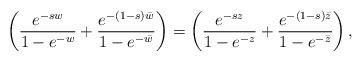
LaTeX: \begin{align*} \left( \frac{ e^{ - s w}}{ 1 - e^{ - w}} + \frac{ e^{ - (1-s)\bar{w} } }{ 1 - e^{ - \bar{w}} } \right) =\left( \frac{ e^{ - s z}}{ 1 - e^{ - z}} + \frac{ e^{ - (1-s)\bar{z} } }{ 1 - e^{ - \bar{z}} } \right),\end{align*}